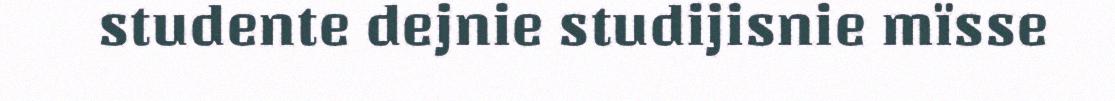
studente dejnie studijisnie mïsse